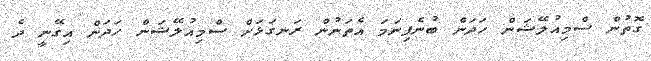
ގޮތުން ސްމިއުލޭޝަން ހަދަން ބުނެފިނަމަ އެތަނުން ރަނގަޅަށް ސްމިއުލޭޝަން ހަދަން އިގޭނީ ދެ